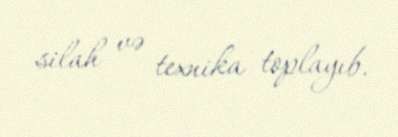
silah və texnika toplayıb.